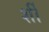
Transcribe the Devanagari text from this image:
र्शी